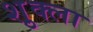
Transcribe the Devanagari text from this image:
श़ुक्ला